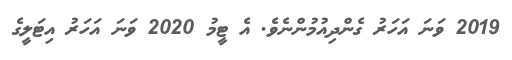
2019 ވަނަ އަހަރު ގެންދިއުމުންނެވެ. އެ ޓީމު 2020 ވަނަ އަހަރު އިޓަލީގެ